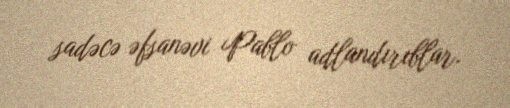
sadəcə əfsanəvi Pablo adlandırıblar.